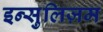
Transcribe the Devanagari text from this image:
इन्सुलिज़म